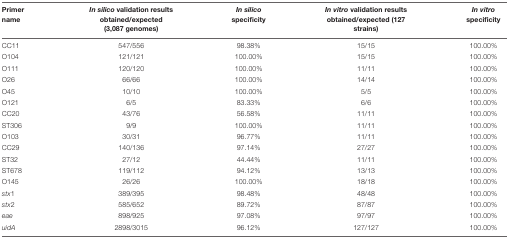
<table><thead><tr><td><b>Primer name</b></td><td><b><i>In silico</i> validation results obtained/expected (3,087 genomes)</b></td><td><b><i>In silico</i> specificity</b></td><td><b><i>In vitro</i> validation results obtained/expected (127 strains)</b></td><td><b><i>In vitro</i> specificity</b></td></tr></thead><tbody><tr><td>CC11</td><td>547/556</td><td>98.38%</td><td>15/15</td><td>100.00%</td></tr><tr><td>O104</td><td>121/121</td><td>100.00%</td><td>15/15</td><td>100.00%</td></tr><tr><td>O111</td><td>120/120</td><td>100.00%</td><td>11/11</td><td>100.00%</td></tr><tr><td>O26</td><td>66/66</td><td>100.00%</td><td>14/14</td><td>100.00%</td></tr><tr><td>O45</td><td>10/10</td><td>100.00%</td><td>5/5</td><td>100.00%</td></tr><tr><td>O121</td><td>6/5</td><td>83.33%</td><td>6/6</td><td>100.00%</td></tr><tr><td>CC20</td><td>43/76</td><td>56.58%</td><td>11/11</td><td>100.00%</td></tr><tr><td>ST306</td><td>9/9</td><td>100.00%</td><td>11/11</td><td>100.00%</td></tr><tr><td>O103</td><td>30/31</td><td>96.77%</td><td>11/11</td><td>100.00%</td></tr><tr><td>CC29</td><td>140/136</td><td>97.14%</td><td>27/27</td><td>100.00%</td></tr><tr><td>ST32</td><td>27/12</td><td>44.44%</td><td>11/11</td><td>100.00%</td></tr><tr><td>ST678</td><td>119/112</td><td>94.12%</td><td>13/13</td><td>100.00%</td></tr><tr><td>O145</td><td>26/26</td><td>100.00%</td><td>18/18</td><td>100.00%</td></tr><tr><td><i>stx</i>1</td><td>389/395</td><td>98.48%</td><td>48/48</td><td>100.00%</td></tr><tr><td><i>stx</i>2</td><td>585/652</td><td>89.72%</td><td>87/87</td><td>100.00%</td></tr><tr><td><i>eae</i></td><td>898/925</td><td>97.08%</td><td>97/97</td><td>100.00%</td></tr><tr><td><i>uidA</i></td><td>2898/3015</td><td>96.12%</td><td>127/127</td><td>100.00%</td></tr></tbody></table>